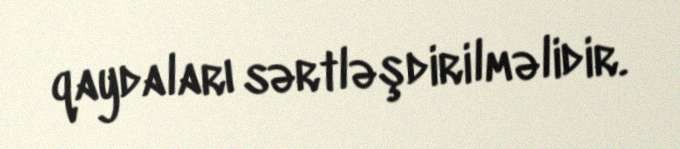
qaydaları sərtləşdirilməlidir.